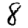
Digit: 8